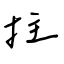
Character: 拄